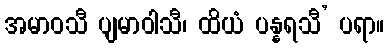
အမာဝသီ ပျမာဝါသီ၊ ထိယံ ပန္နရသီ’ ပရာ။